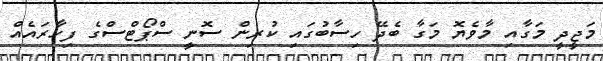
މަޖީދީ މަގާއި މާވެޔޮ މަގާ ބެދޭ ހިސާބުގައި ކުރިން ސޮނީ ސްޕޯޓްސްގެ ފިހާރައެއް